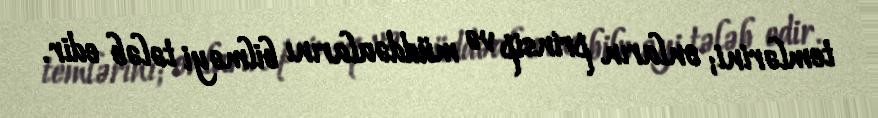
temlərini; onların prinsip və müddəalarını bilməyi tələb edir.